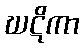
ဃဋိကာ